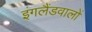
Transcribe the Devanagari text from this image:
इंगलैंडवालों